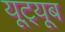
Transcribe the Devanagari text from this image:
यूट़्यूब